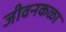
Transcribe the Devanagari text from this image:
जीवनकळा